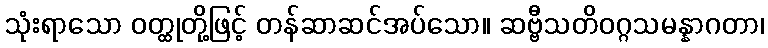
သုံးရာသော ဝတ္ထုတို့ဖြင့် တန်ဆာဆင်အပ်သော။ ဆဗ္ဗီသတိဝဂ္ဂသမန္နာဂတာ၊